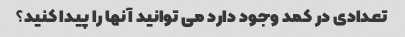
تعدادی در کمد وجود دارد می توانید آنها را پیدا کنید؟